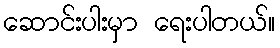
ဆောင်းပါးမှာ ရေးပါတယ်။